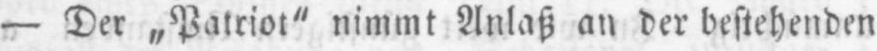
- Der „Patriot” nimmt Anlaß an der bestehenden